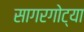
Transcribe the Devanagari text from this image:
सागरगोट्या